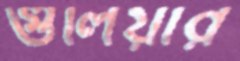
গুলিয়ার